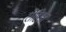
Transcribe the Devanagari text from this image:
रोहिङा